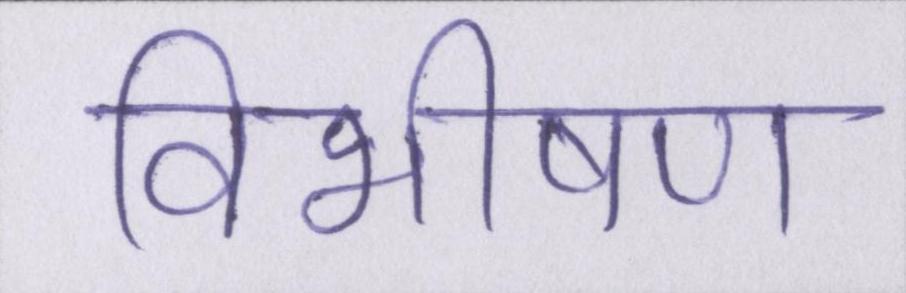
विभीषण